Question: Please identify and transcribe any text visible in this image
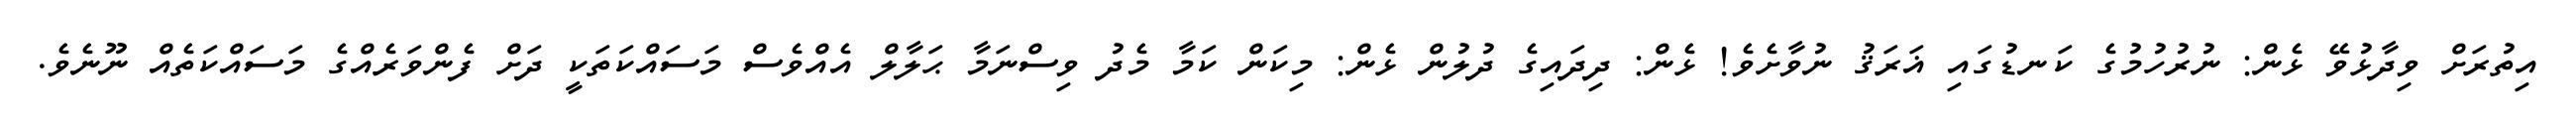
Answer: އިތުރަށް ވިދާޅުވޭ ޅެން: ނުރުހުމުގެ ކަނޑުގައި ޣަރަޤު ނުވާށެވެ! ޅެން: ދިދައިގެ ދުލުން ޅެން: މިކަން ކަމާ މެދު ވިސްނަމާ ޙަލާލް އެއްވެސް މަސައްކަތަކީ ދަށް ފެންވަރެއްގެ މަސައްކަތެއް ނޫނެވެ.